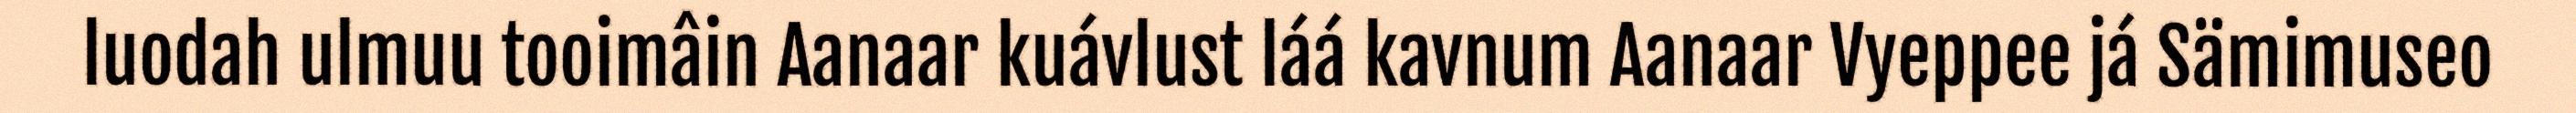
luodah ulmuu tooimâin Aanaar kuávlust láá kavnum Aanaar Vyeppee já Sämimuseo